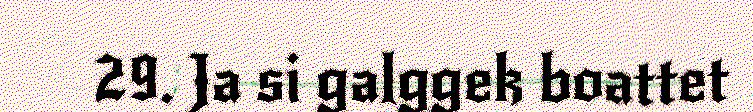
29. Ja si galggek boattet